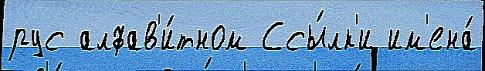
рус алфав'и́тном Ссы́лк'и им'ена́